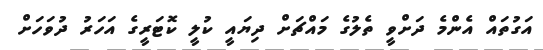
އަގުތައް އެންމެ ދަށްވީ ތެލުގެ މައްޗަށް ދިޔައީ ކުލީ ކޮޓަރީގެ އަހަރު ދުވަހަށް